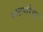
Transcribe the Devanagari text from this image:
वाटणीचा